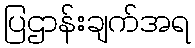
ပြဌာန်းချက်အရ